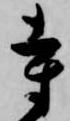
寺